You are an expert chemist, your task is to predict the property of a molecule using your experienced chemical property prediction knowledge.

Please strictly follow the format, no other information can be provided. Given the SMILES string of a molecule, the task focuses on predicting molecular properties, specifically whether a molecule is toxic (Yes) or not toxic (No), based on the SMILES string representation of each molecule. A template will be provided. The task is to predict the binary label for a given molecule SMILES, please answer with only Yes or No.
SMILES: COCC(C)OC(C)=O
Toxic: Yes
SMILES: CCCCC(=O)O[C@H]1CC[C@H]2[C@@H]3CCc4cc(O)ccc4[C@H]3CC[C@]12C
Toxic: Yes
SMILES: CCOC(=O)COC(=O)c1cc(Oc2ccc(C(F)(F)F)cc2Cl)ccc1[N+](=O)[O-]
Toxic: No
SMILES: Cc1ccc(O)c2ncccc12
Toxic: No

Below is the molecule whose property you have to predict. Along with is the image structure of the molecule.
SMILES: CN(C)CCCSc1ccccc1NC(=O)/C=C/c1ccccc1
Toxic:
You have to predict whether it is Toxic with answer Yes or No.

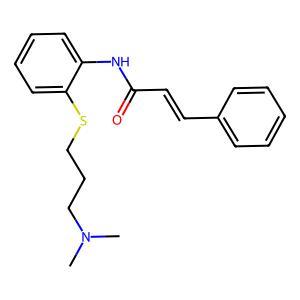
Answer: No